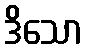
ဒိသော